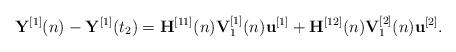
LaTeX: \begin{align*}{{\bf{Y}}^{[1]}}(n) - {{\bf{Y}}^{[1]}}({t_2}) = {{\bf{H}}^{[11]}}(n){\bf{V}}_1^{[1]}(n){{\bf{u}}^{[1]}} + {{\bf{H}}^{[12]}}(n){\bf{V}}_1^{[2]}(n){{\bf{u}}^{[2]}}.\end{align*}